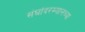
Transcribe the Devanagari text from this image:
संघांदरम्यानच्या